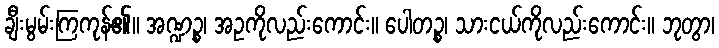
ချီးမွမ်းကြကုန်၏။ အဏ္ဍဉ္စ၊ အဥကိုလည်းကောင်း။ ပေါတဉ္စ၊ သားငယ်ကိုလည်းကောင်း။ ဘုတွာ၊